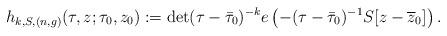
LaTeX: \begin{align*} h_{k,S,(n,g)}(\tau,z;\tau_0,z_0):=\det(\tau-\bar{\tau}_0)^{-k}e\left(-(\tau-\bar{\tau}_0)^{-1}S[z-\overline{z}_0]\right).\end{align*}